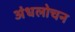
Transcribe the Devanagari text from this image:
अंधलोचन